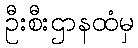
ဦးစီးဌာနထံမှ